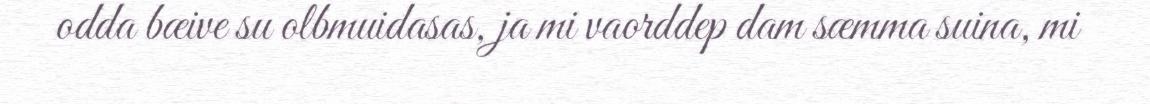
odda bæive su olbmuidasas, ja mi vaorddep dam sæmma suina, mi